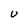
Character: U